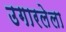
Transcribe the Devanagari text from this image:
उगारलेला